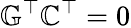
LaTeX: \mathbb{G}^{\top}\mathbb{C}^{\top}=0